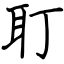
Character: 耵